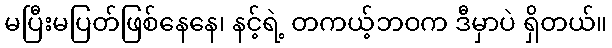
မပြီးမပြတ်ဖြစ်နေနေ၊ နင့်ရဲ့ တကယ့်ဘဝက ဒီမှာပဲ ရှိတယ်။